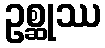
ဥစ္ဆုဿ